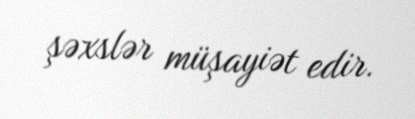
şəxslər müşayiət edir.